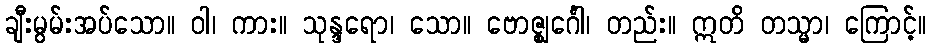
ချီးမွမ်းအပ်သော။ ဝါ၊ ကား။ သုန္ဒရော၊ သော။ ဗောဇ္ဈင်္ဂေါ၊ တည်း။ ဣတိ တသ္မာ၊ ကြောင့်။